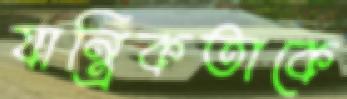
যান্ত্রিকতাকে